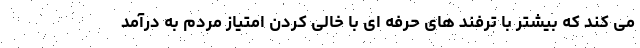
می کند که بیشتر با ترفند های حرفه ای با خالی کردن امتیاز مردم به درآمد